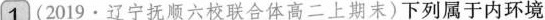
1（2019·辽宁抚顺六校联合体高二上期末）下列属于内环境